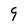
Character: 9